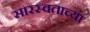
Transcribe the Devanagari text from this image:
सारस्वताच्या